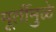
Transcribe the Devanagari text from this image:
मूर्तीमुळे